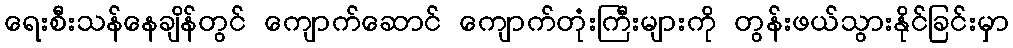
ရေးစီးသန်နေချိန်တွင် ကျောက်ဆောင် ကျောက်တုံးကြီးများကို တွန်းဖယ်သွားနိုင်ခြင်းမှာ